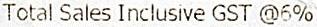
TOTAL SALES INCLUSIVE GST @6%